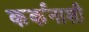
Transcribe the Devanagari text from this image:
कर्कनाशी